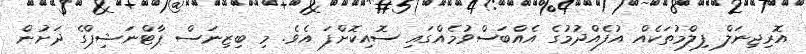
އޮރިޖިނަލް ފިލްމުތަކެއް އުފެއްދުމުގެ އެއްބަސްވުމެއްގައި ސޮއިކޮށްފަ އެވެ. މި ބިޒިނަސް ޕާޓްނަޝިޕްގެ ދަށުން